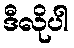
ဒီလိုပါ